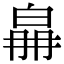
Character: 𤽛